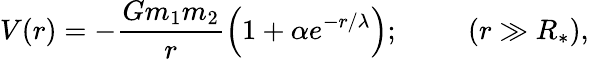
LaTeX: V(r)=-\frac{Gm_{1}m_{2}}{r}\left(1+\alpha e^{-r/\lambda}\right);\phantom{space}(r\gg R_{*}),